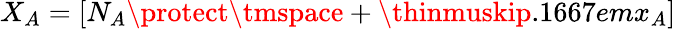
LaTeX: X_{A}=[N_{A}\protect\tmspace+\thinmuskip{.1667em}x_{A}]